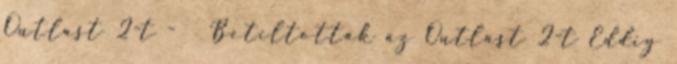
Outlast 2-t -Betiltották az Outlast 2-t Eddig